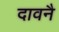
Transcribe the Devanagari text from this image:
दावनै